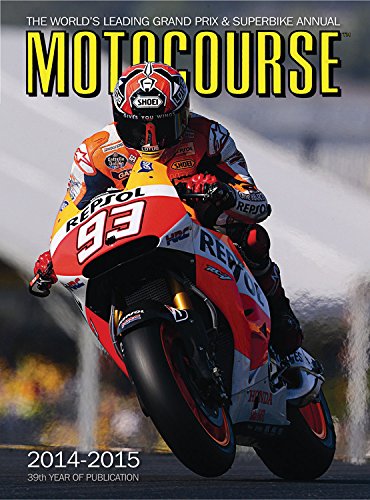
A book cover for Motocourse 2014-2015: The World's Leading Grand Prix & Superbike Annual; Sports & Outdoors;